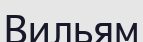
Вильям